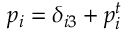
p _ { i } = \delta _ { i 3 } + p _ { i } ^ { t }